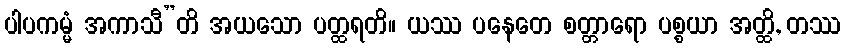
ပါပကမ္မံ အကာသီ”တိ အယသော ပတ္ထရတိ။ ယဿ ပနေတေ စတ္တာရော ပစ္စယာ အတ္ထိ, တဿ